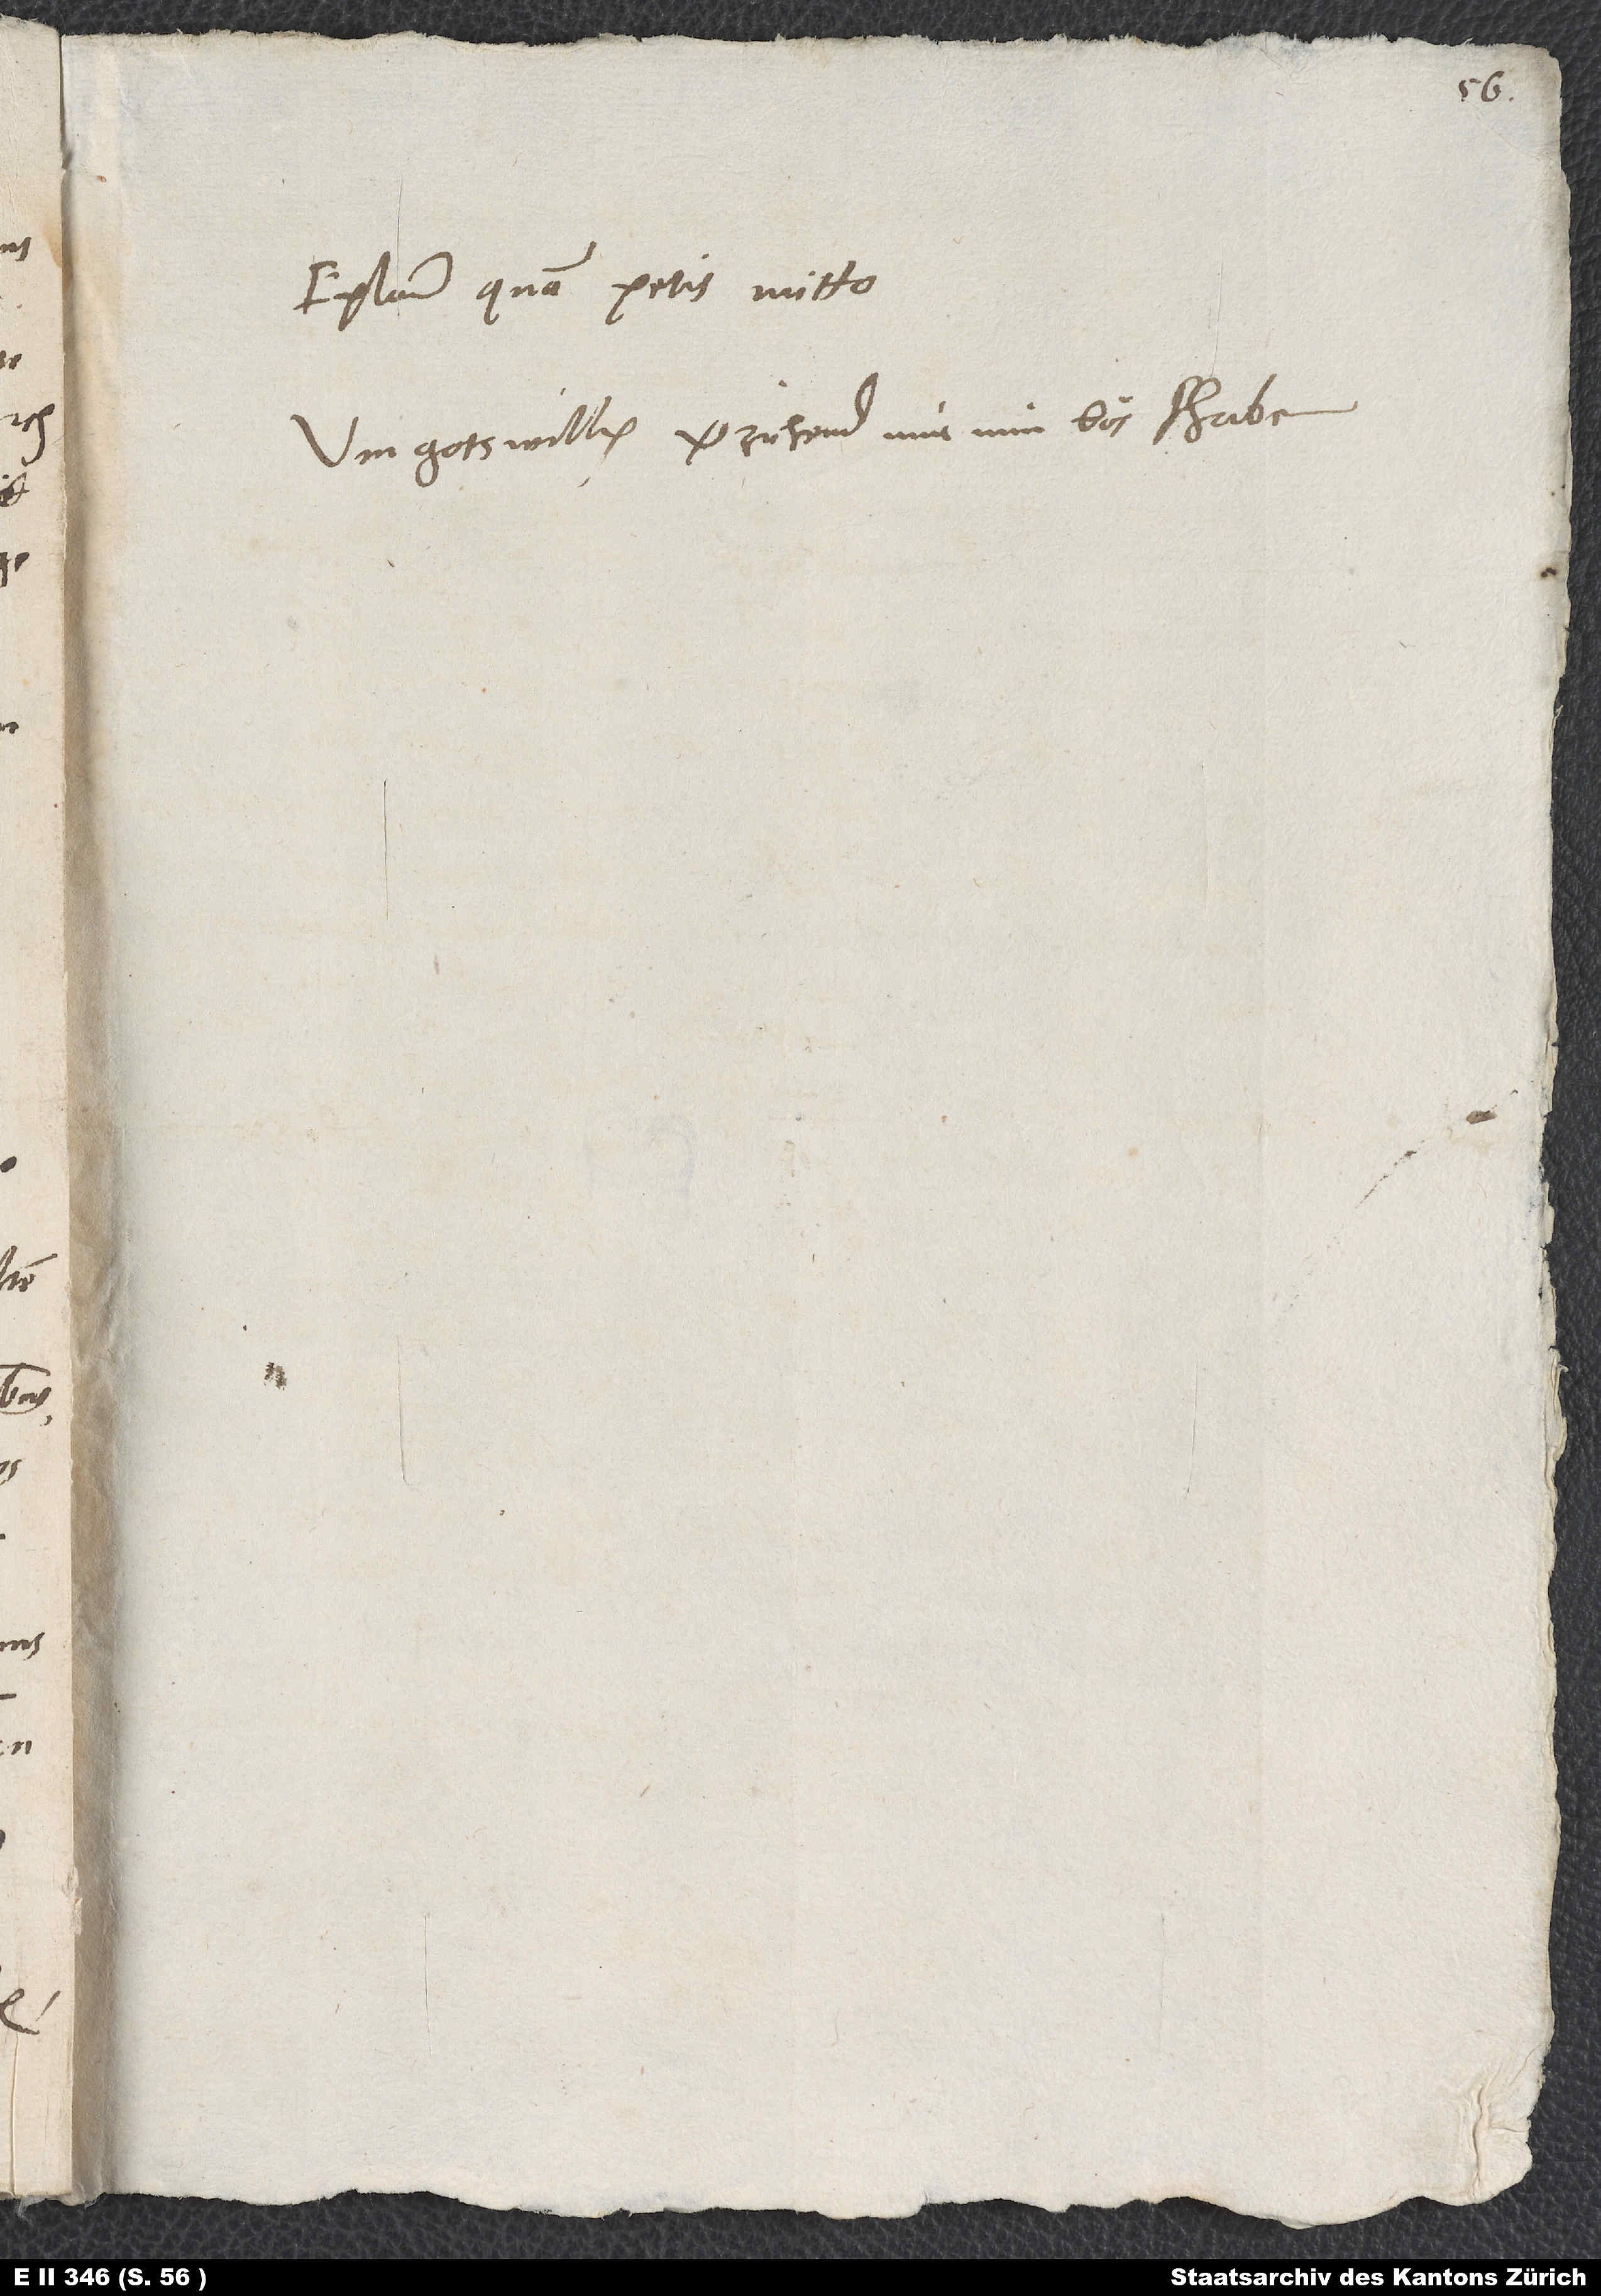
Epistolam, quam petis, mitto.
Um gotswillen verzichend mir min bös schriben.